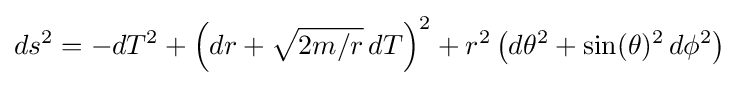
ds^{2}=-dT^{2}+\left(dr+{\sqrt {2m/r}}\,dT\right)^{2}+r^{2}\left(d\theta ^{2}+\sin(\theta )^{2}\,d\phi ^{2}\right)